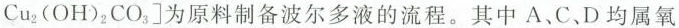
Cu_{2}（O H）_{ 2 }C O_{ 3 }]为原料制备波尔多液的流程。其中A、C、D均属氧